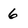
Character: 6